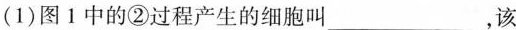
(1)图1中的②过程产生的细胞叫___，该